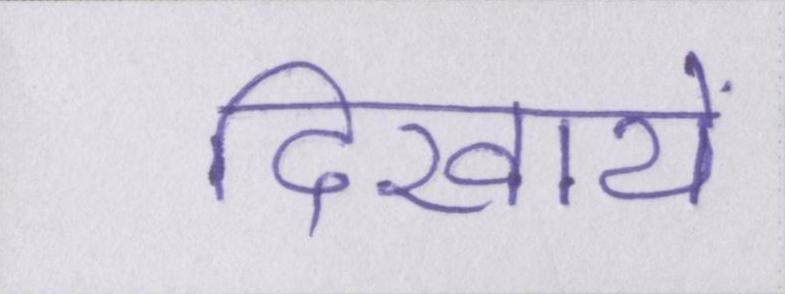
दिखायें